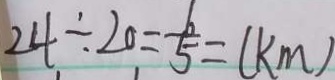
2 4 \div 2 0 = \frac { 6 } { 5 } = ( k m )